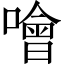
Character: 噲